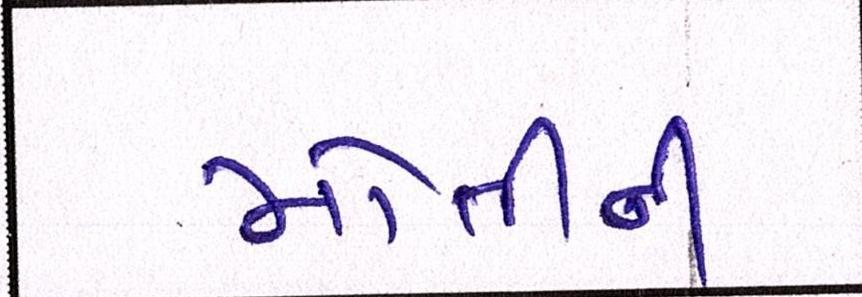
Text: મોતીની